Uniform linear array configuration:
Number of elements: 4
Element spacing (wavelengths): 1
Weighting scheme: hamming
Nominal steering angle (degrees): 60
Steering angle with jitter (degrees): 59.282
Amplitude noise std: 0.05
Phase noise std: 0.05

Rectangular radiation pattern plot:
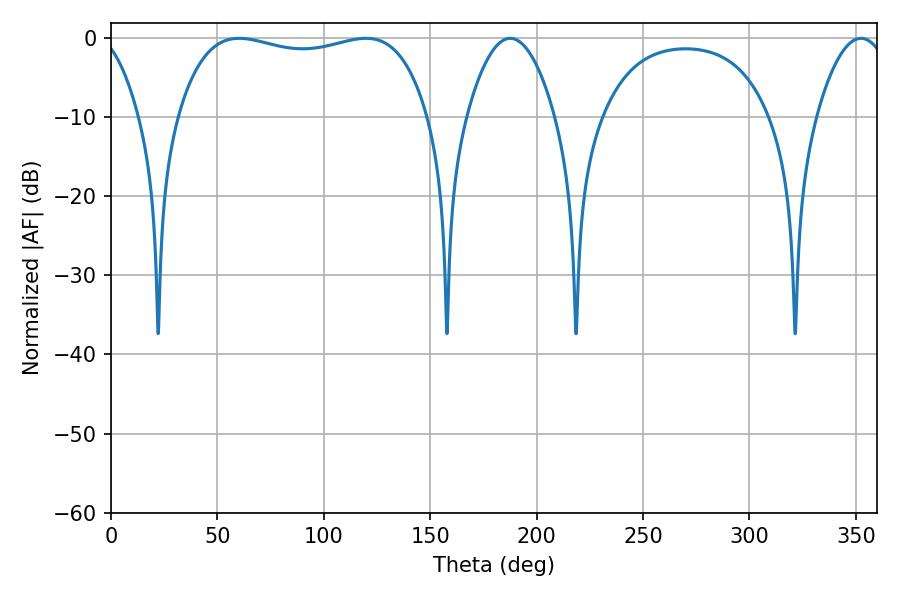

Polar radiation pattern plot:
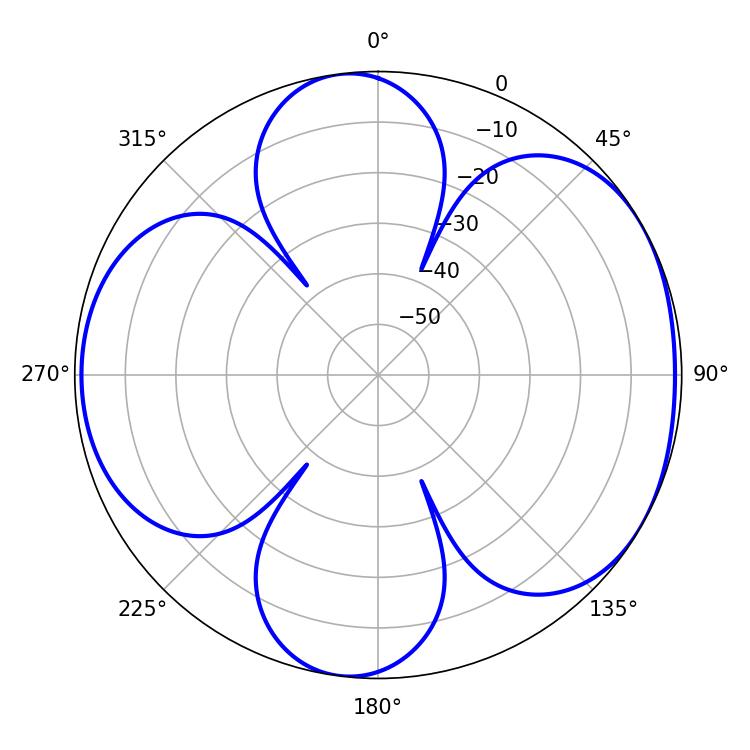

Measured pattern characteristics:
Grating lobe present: TRUE
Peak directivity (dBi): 5.467
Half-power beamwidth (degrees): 95.4
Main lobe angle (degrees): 60.12